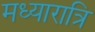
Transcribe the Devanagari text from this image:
मध्यारात्रि